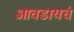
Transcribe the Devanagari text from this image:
आवडायचं